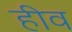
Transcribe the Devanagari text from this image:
हीव